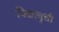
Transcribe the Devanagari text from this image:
विद्यावृत्ती